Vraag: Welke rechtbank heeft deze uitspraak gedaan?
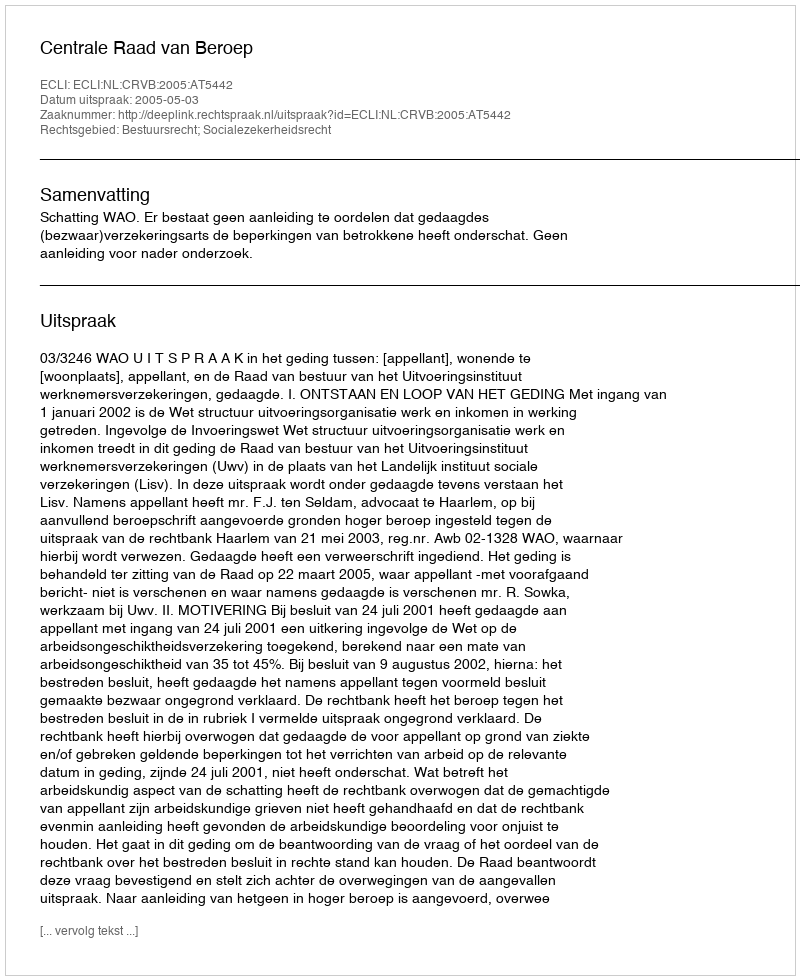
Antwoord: Centrale Raad van Beroep